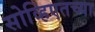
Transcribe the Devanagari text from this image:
सोव्हिएतच्या